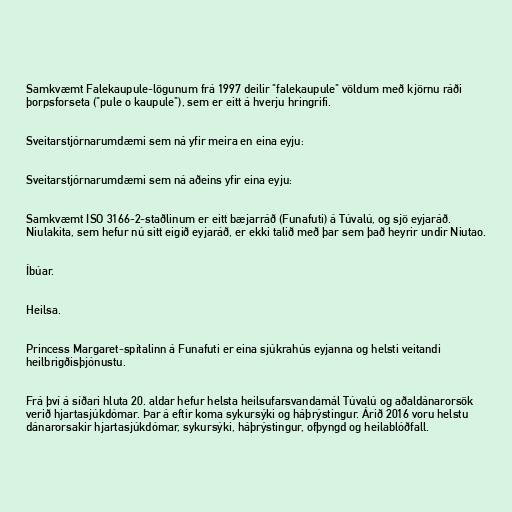
Samkvæmt Falekaupule-lögunum frá 1997 deilir "falekaupule" völdum með kjörnu ráði
þorpsforseta ("pule o kaupule"), sem er eitt á hverju hringrifi.

Sveitarstjórnarumdæmi sem ná yfir meira en eina eyju:

Sveitarstjórnarumdæmi sem ná aðeins yfir eina eyju:

Samkvæmt ISO 3166-2-staðlinum er eitt bæjarráð (Funafuti) á Túvalú, og sjö eyjaráð.
Niulakita, sem hefur nú sitt eigið eyjaráð, er ekki talið með þar sem það heyrir undir Niutao.

Íbúar.

Heilsa.

Princess Margaret-spítalinn á Funafuti er eina sjúkrahús eyjanna og helsti veitandi
heilbrigðisþjónustu.

Frá því á síðari hluta 20. aldar hefur helsta heilsufarsvandamál Túvalú og aðaldánarorsök
verið hjartasjúkdómar. Þar á eftir koma sykursýki og háþrýstingur. Árið 2016 voru helstu
dánarorsakir hjartasjúkdómar, sykursýki, háþrýstingur, ofþyngd og heilablóðfall.